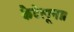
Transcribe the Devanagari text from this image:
कैटेलूना।